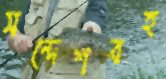
সন্দেশবহ